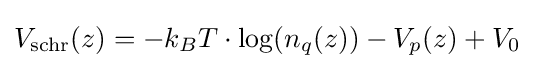
V_{\mathrm {schr} }(z)=-k_{B}T\cdot \log(n_{q}(z))-V_{p}(z)+V_{0}